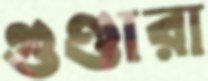
গুণ্ডারা